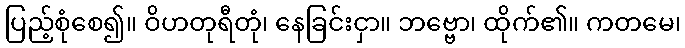
ပြည့်စုံစေ၍။ ဝိဟတုရီတုံ၊ နေခြင်းငှာ။ ဘဗ္ဗော၊ ထိုက်၏။ ကတမေ၊